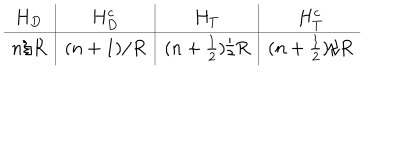
\begin{array} { c | c | c | c } { { H _ { D } } } & { { H _ { D } ^ { c } } } & { { H _ { T } } } & { { H _ { T } ^ { c } } } \\ \hline { { n / R } } & { { ( n + 1 ) / R } } & { { ( n + \frac { 1 } { 2 } ) / R } } & { { ( n + \frac { 1 } { 2 } ) / R } } \\ \end{array}